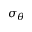
\sigma _ { \theta }